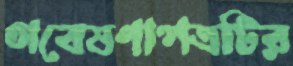
গবেষণাপত্রটির